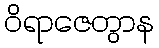
ဝိရာဇေတွာန